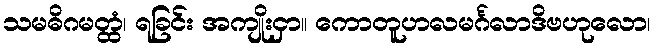
သမဓိဂမတ္ထံ၊ ရခြင်း အကျိုးငှာ။ ကောတူဟလမင်္ဂလာဒိဗဟုလော၊